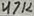
Text: 47K